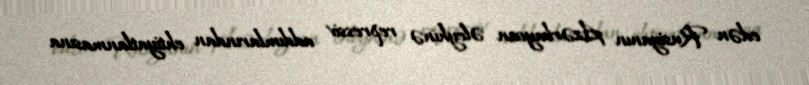
edən Rusiyanın Azərbaycan əleyhinə repressiv addımlarından ehtiyatlanmasına